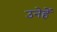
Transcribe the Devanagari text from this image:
उनेहें